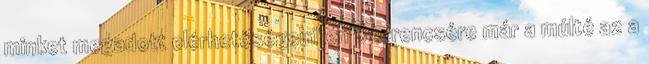
minket megadott elérhetőségeinken Szerencsére már a múlté az a